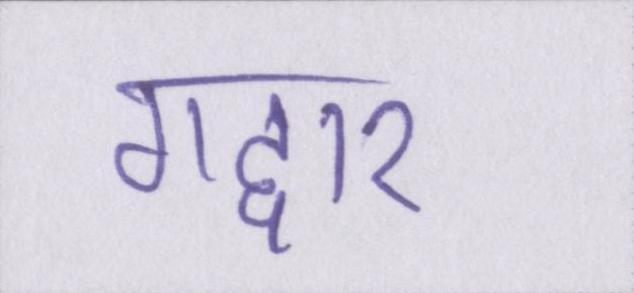
गद्दार